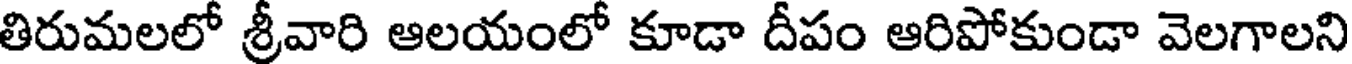
తిరుమలలో శ్రీవారి ఆలయంలో కూడా దీపం ఆరిపోకుండా వెలగాలని